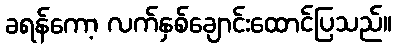
ခရန်ကော့ လက်နှစ်ချောင်းထောင်ပြသည်။